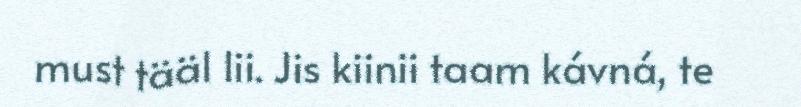
must tääl lii. Jis kiinii taam kávná, te